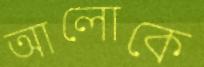
আলোকে